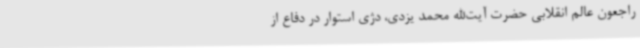
راجعون عالم انقلابی حضرت آیت‌الله محمد یزدی، دژی استوار در دفاع از